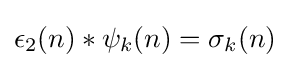
\epsilon _{2}(n)*\psi _{k}(n)=\sigma _{k}(n)